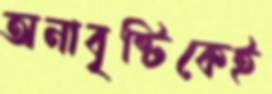
অনাবৃষ্টিকেই